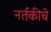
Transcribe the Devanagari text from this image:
नर्तकीचे